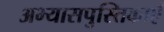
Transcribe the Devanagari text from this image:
अभ्यासपुस्तिकाएँ